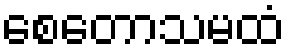
စေတောသမထံ